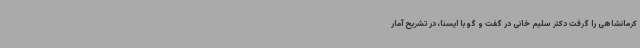
کرمانشاهی را گرفت دکتر سلیم خانی در گفت و گو با ایسنا، در تشریح آمار